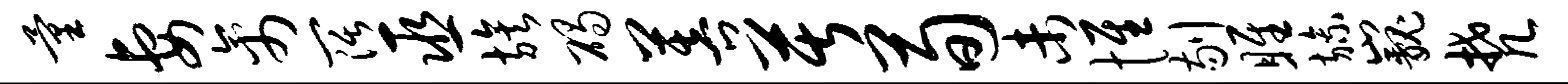
量妻禽阔巫族碣菩苦荀未惟剔雎旒巍梵